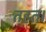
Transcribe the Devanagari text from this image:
तहत।